Medical and sanitary report of the native army of Bengal for the year
Year: 1878
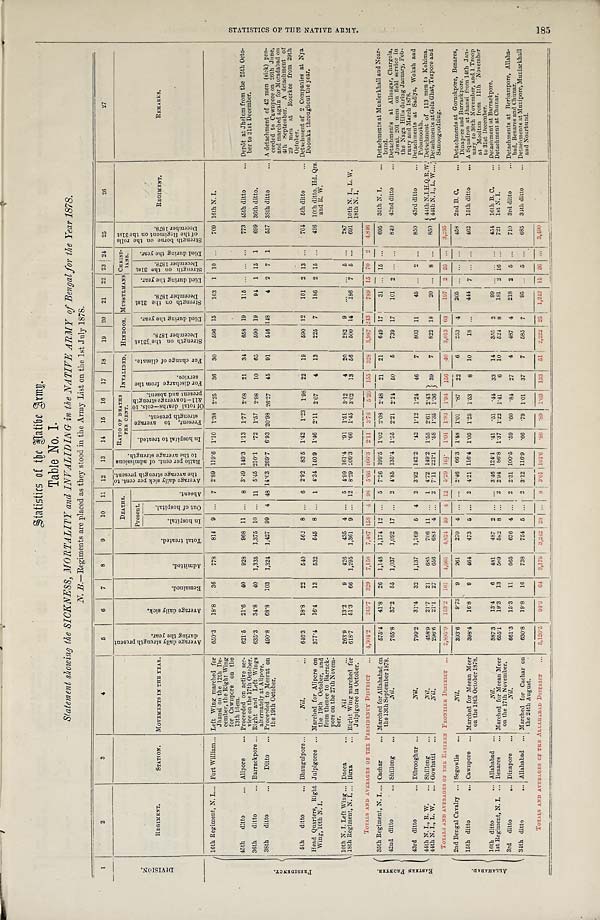
•
Statistics of the Native Army.
•
Table No. I.
Statement showing the SICKNESS, MORTALITY and INV ALIDING in the NATIVE ARMY of Bengal for the Year 1878.
N. B.—Regiments are placed as they stood in the Army List on the 1st July 1878.
1
2
3
4
5
6
7
8
9
10 11 12 13 14 15 16 17 18 19 20 21 22 23 24 25
26
27
D I V I S I O N . REGIMENT.
STATION. MOVEMENTS IN THE YEAR.
A v e r a g e d a i l y s t r e n g t h p r e s e n t d u r i n g t h e y e a r .
A v e r a g e d a i l y s i c k .
R e m a i n e d . A d m i t t e d .
T o t a l t r e a t e d .
DEATHS.
A v e r a g e d a i l y s i c k p e r c e n t . t o t h e a v e r a g e s t r e n g t h p r e s e n t . R a t i o p e r c e n t . o f a d m i s s i o n s t o t h e a v e r a g e s t r e n g t h . RATIO OF DEATH
PER CENT.
I N V A L I D R D .
HINDOOS. MUSSULMANS CHRIST- IANS.
S t r e n g t h b o r n e o n t h e r o l l s o f t h e R e g i m e n t o n t h e 3 1 s t D e c e m b e r 1 8 7 8 .
REGIMENT.
R E M A R K S .
Present.
A b s e n t .
I n h o s p i t a l t o t r e a t e d . P r e s e n t , t o a v e r a g e s t r e n g t h p r e s e n t . O f t o t a l d e a t h s — c o l s . 1 0 & 1 1 — t o a v e r a g e s t r e n g t h p r e s e n t a n d a b s e n t . F o r d i s c h a r g e f r o m t h e s e r v i c e .
F o r c h a n g e o f c l i m a t e .
S t r e n g t h o n t h e 3 1 s t D e c e m b e r 1 8 7 8 .
D i e d d u r i n g t h e y e a r .
S t r e n g t h o n t h e 3 1 s t D e c e m b e r 1 8 7 8 .
D i e d d u r i n g t h e y e a r .
S t r e n g t h o n t h e 3 1 s t D e c e m b e r 1 8 7 8 . D i e d d u r i n g t h e y e a r .
I n h o s p i t a l .
O u t o f h o s p i t a l .
P R R S I D E N C Y .
Reg
16thiment, N. I. ... Fort William... Left Wing marched for
Jhansi on the 12th De-
cember, the Right Wing
for Cawnpore on the
13th idem.
650.3 18.8 36 778 814 9 ... 7 2.89 119.6 1.10 1.38 2.25 36 30 596 15 103 1 10 ... 709 16th N. I.
45th ditto
... Alipore ... Proceeded on active ser-
vice on the 17th October. 621.5 21.6 40 928 968 11 . . . 8 3.49 149.3 1.13 1.77 2.68 21 34 658 19 115 ... ... ... 773 45th ditto
... Depôt at Jhelum from the 25th Octo-
ber to 31st December.
36th ditto
... Barrackpore ... Right and Left Wings
alternately at Alipore.
6 3 5 . 3 34.8 40 1,335 1,375 10 ... 11
5 . 4 5 210.1
. 7 2 1.57 2.98 10 65 590 19
94 1 15 1 699 36th ditto.
38th ditto
. . . Ditto ... Proceeded to Meerut on
the 19th October.
490.8 68.8 103 1,324 1,427 99 4 48 14.03 269.7 6.93 20.98 26.27 45 91 546 148
4 2 7 1 557 38th ditto ... A detachment of 42 men (sick) pro-
ceeded to Cawnpore on 26th June,
and marched again for Moradabad on
4th September. A detachment of
29 men at Roorkee from 29th
October.
5 t h
d i t t o
. . . Bhaugulpore...
Nil. ... 646.3 18.8 22 540 562 8 ... 6 2.92 83.5 1.42 1.23 1.98 22 19 590 12 101 2 13 . . . 704 5th ditto
.. Detachment of 2 Companies at Nya
Doomka throughout the year.
Head Quarters, Right
Wing, 10th N. I.
Julpigoree ... Marched for Alipore on
the 19th October, and
from thence to Barrack-
pore on the 27th Novem-
ber.
377.4 16.4 13 532 545 8 ... 1 4.34 140.9 1.46 2.11 2.07 4 13 225 7 186 2 15 ... 426 10th ditto. Hd. Qrs.
and R. W.
10th N. I. Left Wing ... Dacca...
Nil ... 263.9 13.2
9 426 435 4 ... 5 4.99 161.4
. 9 1 1.51 3.12 4 20 282 9 ... ... 5 ... 287
18th Regiment, N. I. ... Buxa . . . Right Wing marched for
Julpigoree in October.
618.7 51.3 66 1,295 1,361 9 . . . 12 8.29
2 0 9 . 3
. 6 6 1.45 3.02 13 56 500 14 186 7 5 ... 691 10th N. I., L. W.
18th N. I.
TOTALS AND AVERAGES OF THE PRESIDENCY DISTRICT . . .
4 , 3 0 4 . 2 243.7 329 7,158 7,487 158 4 98 5.66 166.3 2.11 3.76
5 . 3 9 155 3 2 8
3,987 2 4 3
7 8 9 1 5 7 0 2 4,846
E A S T E R N F R O N T E R .
35th Regiment, N. I. ... Cachar
... Marched for Allahabad on
the 13th September 1878.
5 7 5 . 4 41.8 26 1,148 1,174 12 ... 5 7.26 199.5 1.02 2.08 2.48 21 21 649 17
31
. . 15 ... 695 35th N. I. ... Detachments at Munierkhall and Noar-
bund.
42nd ditto
... Shillong ...
Nil.
765.8 37.2 55 1,037 1,092 17 . . .
2
4 . 8 5 135.4 1.55 2.21
2 . 2 4 50
5 739 17 101 2 . . . . . . 840 42nd ditto
Detachments at Alinagar, Chargola,
Jowai. 201 men on field service in
the Naga Hills during January, Feb-
ruary and March 1878.
43rd ditto
... Dibrooghur ...
Nil.
799.2 31.4 32 1,137 1,169 5 4 2 3.92 142.2
. 4 2 1.12 1.24 46 7 803 1 1
45 ... 2
. . . 850 43rd ditto
... Detachments at Sadiya, Wokah and
Pobamookh.
44th N. I., R. W.
. . . Shillong ...
Nil.
458.9 21.7 21 685 706 11 ... 1 4.72 149.2 1.55 2.61 2.43 39 7 822 18
20 ... 8 ... 850 44th N.I.H.Q.R.W. Detachment of 113 men to Kohima.
44th N. I., L. W. . . . Gowhatti ...
N i l .
296.6 21.1 27 656 683 4 . . . 2 7.11 221.1
. 5 8 1.35 1.36
44th N. I., L. W .. Detachments at Gola Ghat, Tezpore and Samoogoodting.
TOTALS AND AVERAGES OF THE EASTERN FRONTIER DISTRICT
2 , 8 9 5 . 9
1 5 3 . 2 161 4,663 4,824 4 9 4 12 5.29 1 6 1 . 1.01 1.83 1.94 156 40 3,013 63 197 2 2 5 . . .
3 , 2 3 5
2nd Bengal Cavalry . . . Segowlie ...
Nil.
393.6 9.73 9 261 270 4 ... ... 2.46 66.3 1.48 1.01
. 8 7 22 6 253 4 205 . . . . . . . . . 458 2nd B. C.
... Detachments at Goruckpore, Benares, Dinapore and Barrackpore.
15th ditto... Cawnpore ... Marched for Meean Meer
on the 18th October 1878.
398.4 16.8 9 464 473 5 ... 2 4.21 116.4 1.05 1.25 1.53 8 10
18 ... 444 7
. . . . . .
462 15th ditto ...
A a S q u a d r o n a t J h a n s i f r o m 1 4 t h J a n - u a r y t o 3 0 t h N o v e m b e r , a n d 1 T r o o p a t M o o l t a n f r o m 1 1 t h N o v e m b e r t o 3 1 s t D e c e m b e r .
16th ditto ... Allahabad ...
Nil.
387.3 13.4
6 481 487 2 ... ... 3.46 124.1
. 4 1
. 5 1
. 4 4 33 14 355 2
99 . . . . . . . . . 454 16th B. C. ... Detachment at Barrackpore.
1st Regiment, N. I. ... Benares ... Marched for Meean Meer
on the 17th November.
655.1 19.3 13 569 582 8 ... 2 2.94 86.8 1.37 1.22 1.41 6 10 524 8 181 2 16 . . . 721 1st N. I.
... Detachment at Chunar.
3rd ditto
... Dinapore ...
N i l .
661.3 15.3 11 665 676 4 ... 2 2.31 100.5
. 5 9
. 6 0
. 8 4 27 4 487 4 218 2 5 ... 710 3rd ditto
... Detachments at Berhampore, Allaha-
bad, Benares and Chunar.
31th ditto Allahabad ... Marched for Cachar on
the 24th August.
630.8 19.8 16 738 754 5 ... 2 3.12 116.9
. 6 6
. 7 9 1.01 37 7 585 7
95 . . . 5 ... 685 31th ditto
... Detachments at Munipore, Muniarkhall
and Noarbund.
TOTALS AND AVERAGES OF THE ALLAHABAD DISTRICT ... 3,126.5 94.3 64 3,178 3,242 28
. . . 8 3 . 0 1
1 0 1 . 6 — . 8 6 .89
1 . 0 3 133 51 2,222 25 1,242 1 1 26 . . . 3,490
S T A T I S T I C S O F T H E N A T I V E A R M Y . 1 8 5